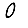
Digit: 0